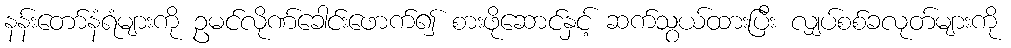
နန်းတော်နံရံများကို ဥမင်လိုဏ်ခေါင်းဖောက်၍ စားဖိုဆောင်နှင့် ဆက်သွယ်ထားပြီး လျှပ်စစ်ခလုတ်များကို